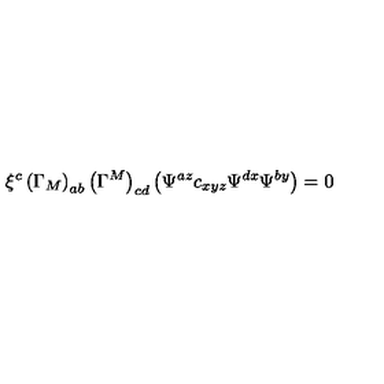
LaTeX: \xi ^ { c } \left( \Gamma _ { M } \right) _ { a b } \left( \Gamma ^ { M } \right) _ { c d } \left( \Psi ^ { a z } c _ { x y z } \Psi ^ { d x } \Psi ^ { b y } \right) = 0